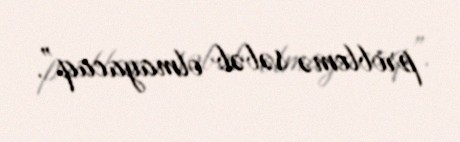
problemə səbəb olmayacaq”.